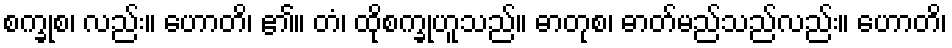
စက္ခုစ၊ လည်း။ ဟောတိ၊ ၏။ တံ၊ ထိုစက္ခုဟူသည်။ ဓာတုစ၊ ဓာတ်မည်သည်လည်း။ ဟောတိ၊